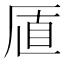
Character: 𪠋